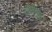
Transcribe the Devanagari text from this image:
विहिराच्या